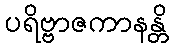
ပရိဗ္ဗာဇကာနန္တိ